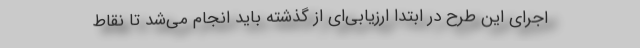
اجرای این طرح در ابتدا ارزیابی‌ای از گذشته باید انجام می‌شد تا نقاط